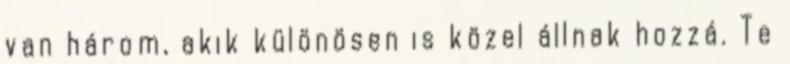
van három, akik különösen is közel állnak hozzá. Te